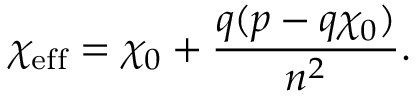
\chi _ { \mathrm { e f f } } = \chi _ { 0 } + \frac { q ( p - q \chi _ { 0 } ) } { n ^ { 2 } } .